Punjab Mental Hospital Lahore 1922-31 - 1922-1931
Year: 1922
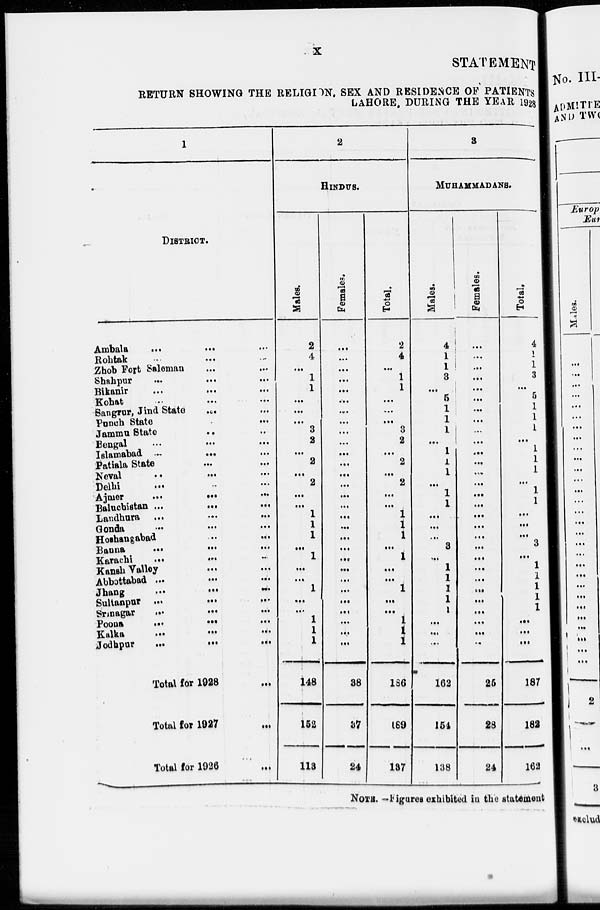
x
STATEMENT
RETURN SHOWING THE RELIGION, SEX AND RESIDENCE OF PATIENTS
LAHORE, DURING THE YEAR 1928
1
DISTRICT.
Ambala
...
...
...
Rohtak ... ... ...
Zhob Fort Saleman ... ...
Shahpur ... ... ...
Bikanir
...
...
...
Kohat ... ... ...
Sangrur, Jind State
...
...
Punch State
...
...
...
Jammu State
...
...
...
Bengal
...
...
...
Islamabad
...
...
...
Patiala State ... ... ...
Neval ... ... ...
Delhi ... ... ...
Ajmer
...
...
...
Baluchistan
...
...
...
Landhura
...
...
...
Gonda
...
...
...
Hoshangabad
...
...
Banna ... ... ...
Karachi
...
...
...
Kansh Valley ... ...
Abbottabad ... ... ...
Jhang
...
...
...
Sultanpur ... ... ...
Srinagar
...
...
...
Poona
...
...
...
Kalka ... ... ...
Jodhpur
...
...
...
Total for 1928 ...
Total for 1927
...
Total for 1926 ...
2
HINDUS.
Males.
2
4
...
1
1
...
...
...
3
2
...
2
...
2
...
...
1
1
1
...
1
...
...
1
...
...
1
1
1
148
152
113
Females.
...
...
...
...
...
...
...
...
...
...
...
...
...
...
...
...
...
...
...
...
...
...
...
...
...
...
...
...
...
38
37
24
Total.
2
4
...
1
1
...
...
...
3
2
...
2
...
2
...
...
1
1
1
...
1
...
...
1
...
...
1
1
1
186
189
137
3
MUHAMMADANS.
Males.
4
1
1
3
...
5
1
1
1
...
1
1
1
...
1
1
...
...
...
3
...
1
1
1
1
1
...
...
...
162
154
138
Females.
...
...
...
...
...
...
...
...
...
...
...
...
...
...
...
...
...
...
...
...
...
...
...
...
...
...
...
...
...
25
28
24
Total.
4
1
1
3
...
5
1
1
1
...
1
1
1
...
1
1
...
...
...
3
...
1
1
1
1
1
...
...
...
187
182
162
NOTE.—Figures exhibited in the statement